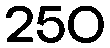
250